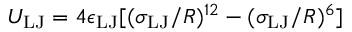
U _ { \mathrm { L J } } = 4 \epsilon _ { \mathrm { L J } } [ ( \sigma _ { \mathrm { L J } } / R ) ^ { 1 2 } - ( \sigma _ { \mathrm { L J } } / R ) ^ { 6 } ]